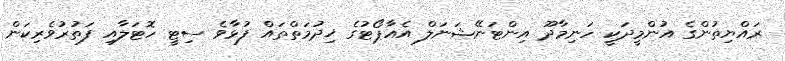
ރައްޔިތުންގެ އުންމީދަކީ ހަނިމާދޫ އިންޓަނޭޝަނަލް އެއާޕޯޓުގެ ޚިދުމަތްތައް ފުޅާވެ ސިޓީ ހޮޓަލާއި ފަތުރުވެރިކަން